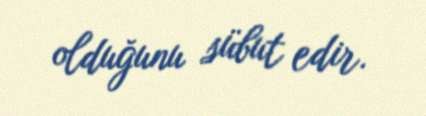
olduğunu sübut edir.